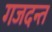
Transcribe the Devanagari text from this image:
गजदन्त